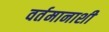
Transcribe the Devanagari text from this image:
वर्तमानाशी